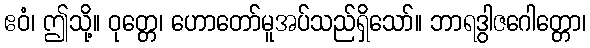
ဧဝံ၊ ဤသို့။ ဝုတ္တေ၊ ဟောတော်မူအပ်သည်ရှိသော်။ ဘာရဒွါဇဂေါတ္တော၊